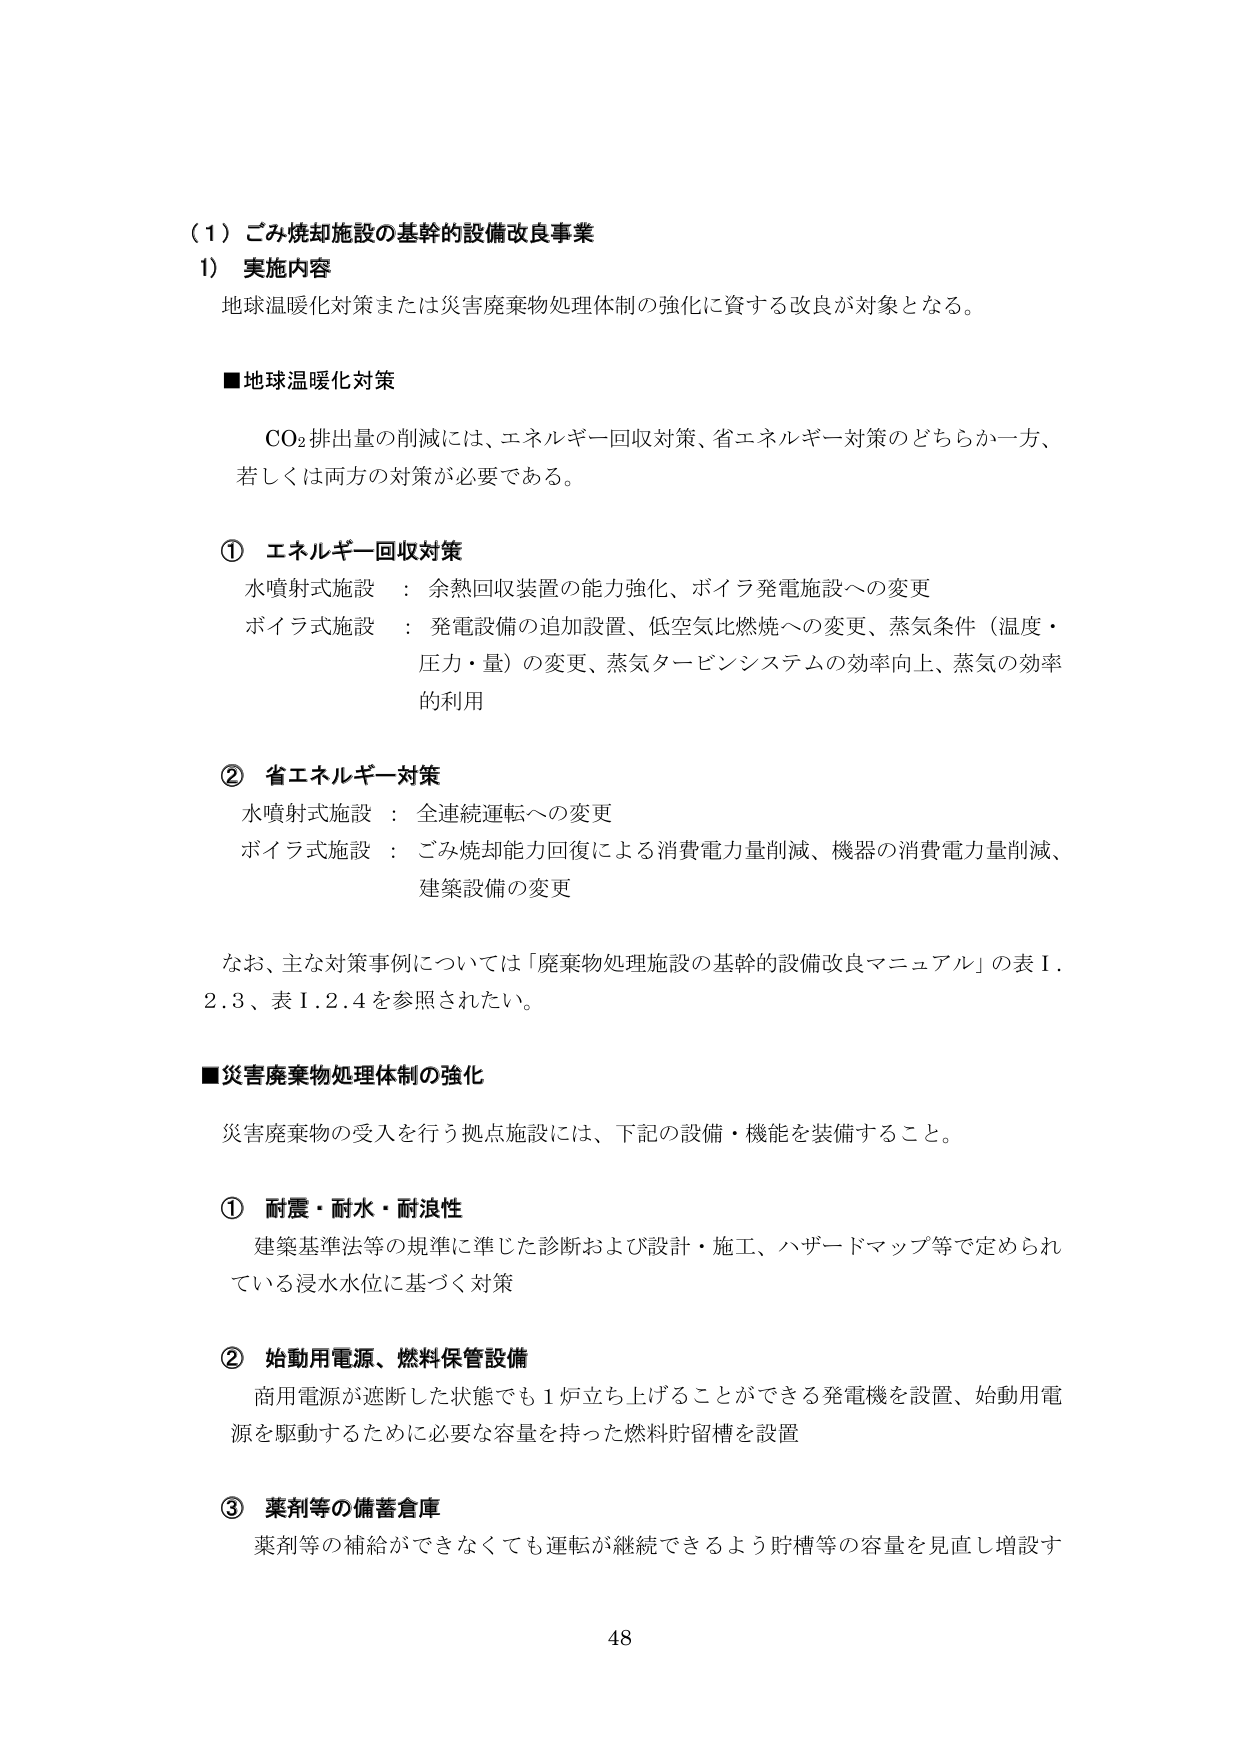
（１）ごみ焼却施設の基幹的設備改良事業
1） 実施内容
地球温暖化対策または災害廃棄物処理体制の強化に資する改良が対象となる。

■地球温暖化対策
　　CO₂排出量の削減には、エネルギー回収対策、省エネルギー対策のどちらか一方、
　　若しくは両方の対策が必要である。

① エネルギー回収対策
　　水噴射式施設 ： 余熱回収装置の能力強化、ボイラ発電施設への変更
　　ボイラ式施設 ： 発電設備の追加設置、低空気比燃焼への変更、蒸気条件（温度・
　　　　　　　　　　圧力・量）の変更、蒸気タービンシステムの効率向上、蒸気の効率
　　　　　　　　　　的利用

② 省エネルギー対策
　　水噴射式施設 ： 全連続運転への変更
　　ボイラ式施設 ： ごみ焼却能力回復による消費電力量削減、機器の消費電力量削減、
　　　　　　　　　　建築設備の変更

　　なお、主な対策事例については「廃棄物処理施設の基幹的設備改良マニュアル」の表1.
　　2.3、表1.2.4を参照されたい。

■災害廃棄物処理体制の強化
　　災害廃棄物の受入を行う拠点施設には、下記の設備・機能を装備すること。

① 耐震・耐水・耐浪性
　　建築基準法等の規準に準じた診断および設計・施工、ハザードマップ等で定められ
　　ている浸水水位に基づく対策

② 始動用電源、燃料保管設備
　　商用電源が遮断した状態でも1炉立ち上げることができる発電機を設置、始動用電
　　源を駆動するために必要な容量を持った燃料貯留槽を設置

③ 薬剤等の備蓄倉庫
　　薬剤等の補給ができなくても運転が継続できるよう貯槽等の容量を見直し増設す

48